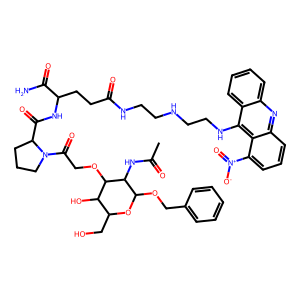
SMILES: CC(=O)NC1C(OCc2ccccc2)OC(CO)C(O)C1OCC(=O)N1CCCC1C(=O)NC(CCC(=O)NCCNCCNc1c2ccccc2nc2cccc([N+](=O)[O-])c12)C(N)=O
Inhibits HIV replication: No